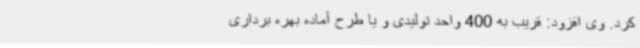
کرد. وی افزود: قریب به 400 واحد تولیدی و یا طرح آماده بهره برداری